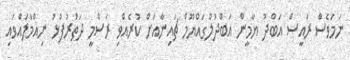
ނަމަވެސް ރައީސް އަބްދު ޔާމީން އަބްދުލްގައްޔޫމް ޗައިނާއަށް ކުރެއްވި ރަސްމީ ދަތުރުފުޅު ނިއްމާލައްވައި